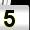
Digit: 5